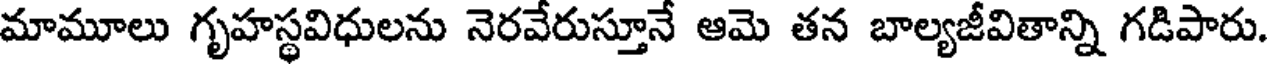
మామూలు గృహస్థవిధులను నెరవేరుస్తూనే ఆమె తన బాల్యజీవితాన్ని గడిపారు.